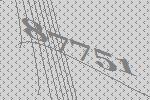
87751